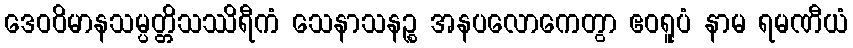
ဒေဝဝိမာနသမ္ပတ္တိသဿိရီကံ သေနာသနဉ္စ အနပလောကေတွာ ဧဝရူပံ နာမ ရမဏီယံ